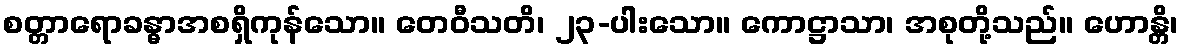
စတ္တာရောခန္ဓာအစရှိကုန်သော။ တေဝီသတိ၊ ၂၃-ပါးသော။ ကောဋ္ဌာသာ၊ အစုတို့သည်။ ဟောန္တိ၊